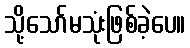
သို့သော်မသုံးဖြစ်ခဲ့ပေ။